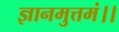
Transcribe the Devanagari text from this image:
ज्ञानमुत्तमं।।